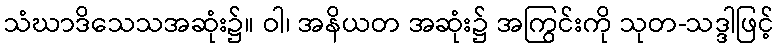
သံဃာဒိသေသအဆုံး၌။ ဝါ၊ အနိယတ အဆုံး၌ အကြွင်းကို သုတ-သဒ္ဒါဖြင့်